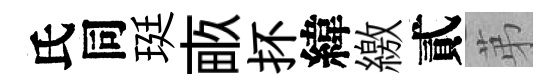
氏同珽畞抔緯繳貳苐